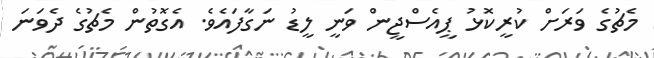
މެޗުގެ ވަރަށް ކުރީކޮޅު ޕީއެސްޖީން ވަނީ ލީޑު ނަގާފައެވެ. އެގޮތުން މެޗުގެ ދެވަނަ